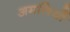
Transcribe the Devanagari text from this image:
अमलियों